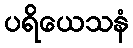
ပရိယေသနံ